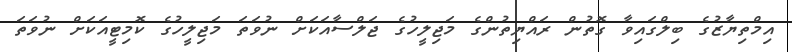
އިމްތިޔާޒުގެ ބިލްގައިވާ ގޮތުން ރައްޔިތުންގެ މަޖިލީހުގެ ޖަލްސާއަކަށް ނުވަތަ މަޖިލީހުގެ ކޮމިޓީއަކަށް ނުވަތަ